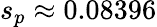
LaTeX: s_{p}\approx 0.08396